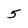
Character: 5